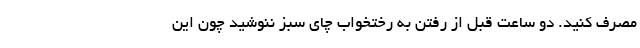
مصرف کنید. دو ساعت قبل از رفتن به رختخواب چای سبز ننوشید چون این